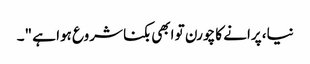
نیا، پرانے کا چورن تو ابھی بکنا شروع ہوا ہے "۔